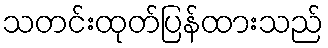
သတင်းထုတ်ပြန်ထားသည်